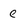
Character: e